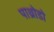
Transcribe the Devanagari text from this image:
पाथ्रोडो